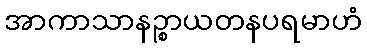
အာကာသာနဉ္စာယတနပရမာဟံ